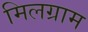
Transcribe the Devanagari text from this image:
मिलग्राम